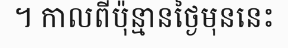
។ កាលពីប៉ុន្មានថ្ងៃមុននេះ